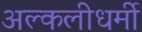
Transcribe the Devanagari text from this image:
अल्कलीधर्मी